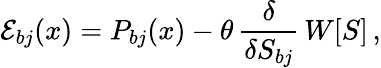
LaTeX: {\cal E}_{bj}(x)=P_{bj}(x)-\theta\, \frac{\delta}{\delta S_{bj}}\, W[S]\, ,